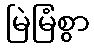
မြဲမြံစွာ